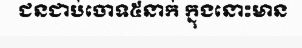
ជនជាប់ចោទ៥នាក់ ក្នុងនោះមាន